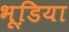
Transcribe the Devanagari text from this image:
भूडि़या